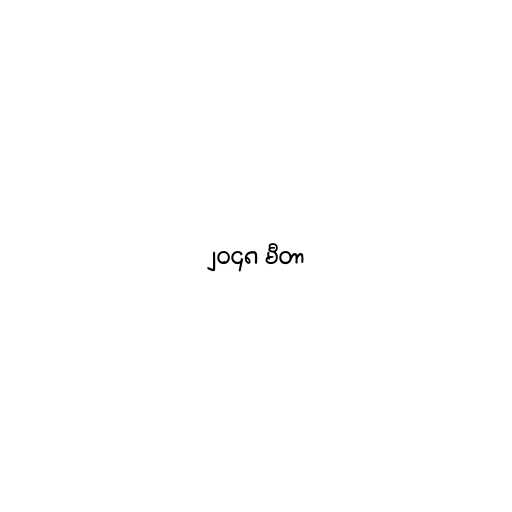
၂၀၄၈ မီတာ